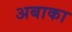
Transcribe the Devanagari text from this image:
अबाका